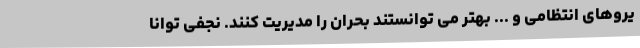
یروهای انتظامی و ... بهتر می توانستند بحران را مدیریت کنند. نجفی توانا